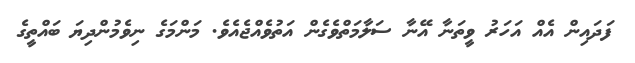
ފަދައިން އެއް އަހަރު ވީތަނާ އޭނާ ސަލާމަތްވެގެން އަތުވެއްޖެއެވެ. މަންމަގެ ނިވެމުންދިޔަ ބައްތީގެ